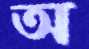
অ